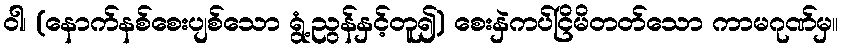
ဝါ၊ (နောက်နစ်စေးပျစ်သော ရွံ့ညွန်နှင့်တူ၍) စေးနှဲကပ်ငြိမိတတ်သော ကာမဂုဏ်မှ။